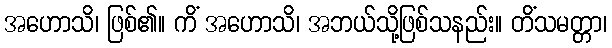
အဟောသိ၊ ဖြစ်၏။ ကိံ အဟောသိ၊ အဘယ်သို့ဖြစ်သနည်း။ တိံသမတ္တာ၊